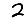
Digit: 2